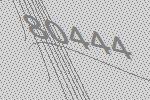
80444